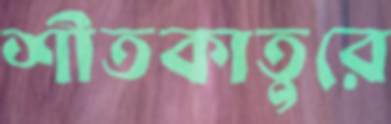
শীতকাতুরে